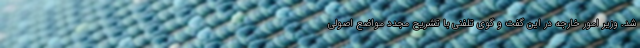
شد. وزیر امور خارجه در این گفت و گوی تلفنی با تشریح مجدد مواضع اصولی